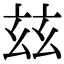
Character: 玆